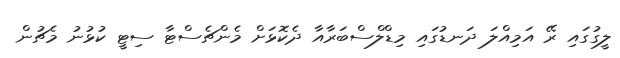
ލީގުގައި ރޭ އަމިއްލަ ދަނޑުގައި މިޑްލްސްބަރާއާ ދެކޮޅަށް މެންޗެސްޓާ ސިޓީ ކުޅުނު މެޗުން